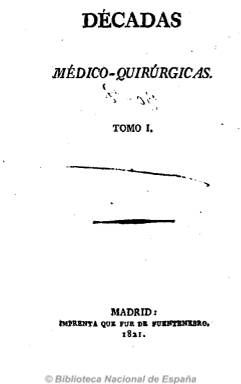
Título: Décadas médico-quirúrgicas
Otros títulos: Décadas médico quirúrgicas
Colección: Medicina
Ámbito geográfico: Madrid
Lugar de publicación: Madrid
Fechas: 01/01/1821-31/12/1821

Es una de las escasas revistas o periódicos especializados en Medicina y sus ciencias auxiliares publicados en el primer tercio del siglo diecinueve en España y la primera de este carácter que se publica en Madrid, además de tener una pervivencia en el tiempo superior a la habitual entonces para este tipo de publicaciones, según señala Consuelo Miqueo, principal estudiosa de este título. Además, en este caso su existencia fue también fruto de la libertad de prensa promovida durante el Trienio Liberal (1820-1823), y, aunque empiece a publicarse en 1821 y su existencia se prolongue hasta 1828, llegó a padecer una larga suspensión al comenzar el nuevo periodo absolutista fernandino.

Será el vehículo de difusión de las novedades europeas de la época en esta materia, junto a las otras dos publicaciones españolas del mismo tipo de aquellos años: Periódico de la Sociedad Médico-Quirúrgicas de Cádiz (1820-1824) y Periódico de la Sociedad de Salud Pública de Cataluña (1821-1822). Además de difundir los nuevos descubrimientos y adelantos, presentando las observaciones más interesantes sobre los mismos; publicará artículos doctrinales, de opinión, teóricos e históricos; ofrecerá estudios estadísticos sanitarios, técnicas clínicas y terapéuticas, cuestiones médico-legales que se iban produciendo, asuntos de salubridad pública, reseñas críticas de bibliografía médica española y extranjera y noticias de interés profesional y académico.

Estará dirigida tanto a profesores como a los profesionales que en esos momentos ejercían muchas veces aislados en las distintas poblaciones españolas, a los que se les brinda la oportunidad de conocer los avances que en esos momentos se estaban produciendo no solo en España sino en el extranjero, siguiendo el movimiento de difusión de estas materias en países como Francia, Inglaterra, Alemania o Italia, y siendo considerada una de las más importantes en la difusión de los avances médicos europeos de la época.

Fue fundada, dirigida y redactada principalmente por Manuel Hurtado de Mendoza (1783-1849), entonces profesor de la Facultad de Medicina y Cirugía de Madrid, tras su regreso del exilio, convirtiéndose en portavoz en España de las doctrinas de François Broussais (1772-1838), director de la revista francesa Annales de la Médécine Physiologique (1822-1834), llegando a contar con una sección bajo el epígrafe Clínica médico-quirúrgica del catedrático Broussais. Decenas de médicos titulares de poblaciones y villas españolas colaboraron en las páginas de la revista, generalmente firmando con iniciales, y en ellas  aparecerán las primeras referencias sobre homeopatía y psiquiatría. Sus textos eran originales o traducidos y contribuyeron a la renovación de los saberes médicos en España en el primer tercio del diecinueve (Gutiérrez Rodilla: 2012).

Estampada en la Imprenta “que fue” de Fuentenebro, aparecía en entregas en torno al medio centenar de páginas, al principio en formato octavo mayor, los días 10, 20 y 30 de cada mes, publicando su primera entrega el diez de enero de 1821. Las nueve primeras integran el primer tomo, correspondiente al primer trimestre de ese año, con foliación continuada (386 páginas), y al final de la última incluye un índice alfabético de materias contenidas en el mismo. A partir de abril continuará publicándose, pero con una modificación en el título: Décadas médico-quirúrgicas y farmacéuticas, ya que Hurtado de Mendoza comenzará a incluir en la revista contenidos referidos a esta materia. En 1822, de nuevo modificará el título, denominándose a partir de entonces Décadas de medicina y cirugías prácticas, hasta su desaparición definitiva en 1828. Los tres títulos forman parte de la colección de la Hemeroteca Digital de la Biblioteca Nacional de España, y forman un conjunto de veinte tomos.

Consuelo Miqueo ha analizado esta revista en sus trabajos publicados en 1987, 1989 y 2011, y también junto a Moreno Vernis, en 1988. Otros estudios sobre Hurtado de Mendoza son los de García Ramos (1980), López Piñero (1983 y 1992) o el de Gutiérrez Rodilla (2012).